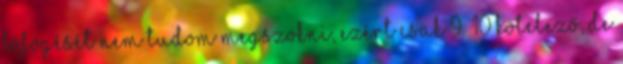
böfögését nem tudom megszokni, ezért csak 9 10 kötelező, de